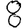
Digit: 8